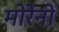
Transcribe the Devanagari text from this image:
मोरेनों